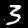
Label: 3